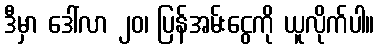
ဒီမှာ ဒေါ်လာ ၂၀၊ ပြန်အမ်းငွေကို ယူလိုက်ပါ။